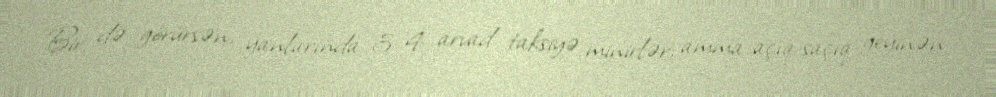
Bir də görürsən, yanlarında 3-4 arvad taksiyə minirlər, amma açıq-saçıq geyinən